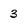
Character: 3